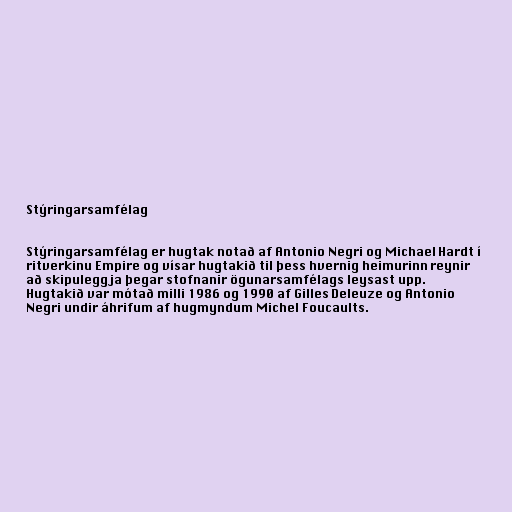
Stýringarsamfélag

Stýringarsamfélag er hugtak notað af Antonio Negri og Michael Hardt í
ritverkinu Empire og vísar hugtakið til þess hvernig heimurinn reynir
að skipuleggja þegar stofnanir ögunarsamfélags leysast upp.
Hugtakið var mótað milli 1986 og 1990 af Gilles Deleuze og Antonio
Negri undir áhrifum af hugmyndum Michel Foucaults.